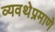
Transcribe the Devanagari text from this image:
व्यवथेप्रमाणे